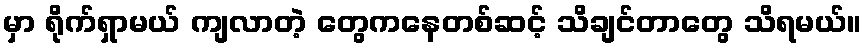
မှာ ရိုက်ရှာမယ် ကျလာတဲ့ တွေကနေတစ်ဆင့် သိချင်တာတွေ သိရမယ်။